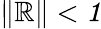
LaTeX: \| \cal\mathbb{R}\| <1